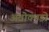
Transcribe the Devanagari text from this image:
अवोकाडो